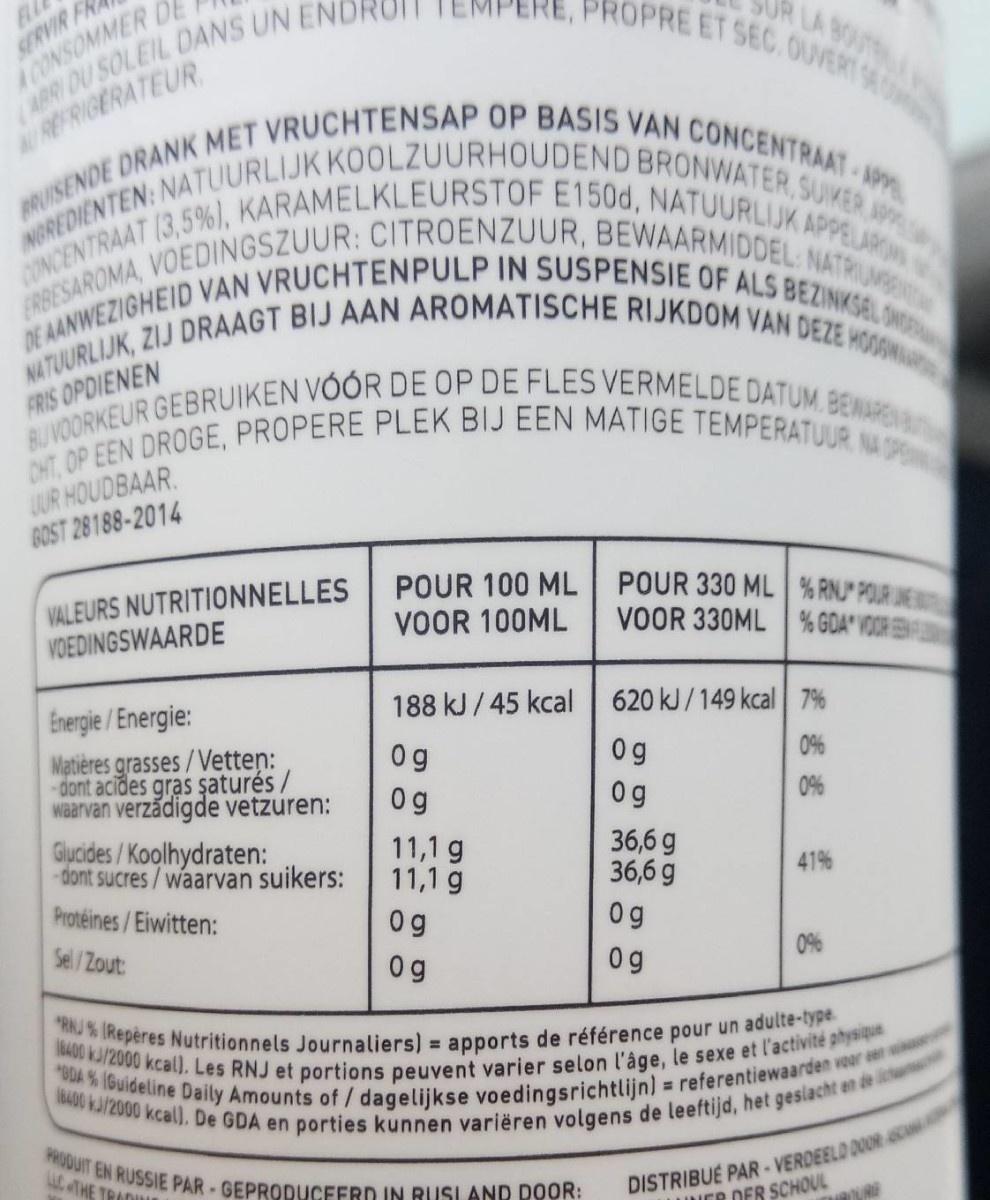
EL SERVIR FR ACONSOMMER DE ABR DU SOLEIL DANS UN END REFRIGERATEUR
LA BOUT PROPRE ET SEC.OUVERT 96 00
BRUISENDE DRANK MET VRUCHTENSAP OP BASIS VAN CONCENTRAAT -APP NOREDIENTEN: NATUURLIJK KOOLZUURHOUDEND BRONWATER, SUIKER AP CONCENTRAAT (3,5%), KARAMELKLEURSTOF E150d, NATUURLIJK APPELARON ERBESAROMA, VOEDINGSZUUR: CITROENZUUR, BEWAARMIDDEL NATRIUMBN DE AANWEZIGHEID VAN VRUCHTENPULP IN SUSPENSIE OF ALS BEZINKSAL ONDE NATUURLIJK, ZIJ DRAAGT BIJ AAN AROMATISCHE RIJKDOM VAN DEZE HOOOWA
BUVOORKEUR GEBRUIKEN VÓÓR DE OP DE FLES VERMELDE DATUM. BENARENA
FRIS OPDIENEN
CHT, OP EEN DROGE, PROPERE PLEK BIJ EEN MATIGE TEMPERATUUR. NA OPE
UUR HOUDBAAR. GOST 28188-2014
VALEURS NUTRITIONNELLES VOEDINGSWAARDE
POUR 100 ML VOOR 100ML
POUR 330 ML % RNJ* POLR UNERU VOOR 330ML % GDA" VOOR
Energie /Energie:
188 kJ / 45 kcal
620 kJ/149 kcal 7%
Matières grasses/Vetten: dont acides gras şaturés/ waarvan verzädigde vetzuren:
0g
0g
0%
0 g
0g
0%
Glycides/Koolhydraten: -dont sucres/waarvan suikers:
11,1 g 11,1 g
36,6 g 36,6 g
41%
Protéines/Eiwitten:
0g
0g
Sel/Zout:
0 g
0 g
RNJ % (Repères Nutritionnels Journaliers) = apports de référence pour un adulte-type. ODA % (Guideline Daily Amounts of / dagelijkse voedingsrichtlijn) = referentiewaarden voor een w
8400 kJ/2000 kcal). Les RNJ et portions peuvent varier selon l'âge, le sexe et l'activité physique 8400 kJ/2000 kcal), De GDA en porties kunnen variëren volgens de leeftijd, het geslacht an de lic PRODUIT EN RUSSIE PAR-GEPRODUCEERD IN RUSLAND DOOR:
DISTRIBUE PAR-VERDEELD DOORc IER DER SCHOUL
LC THE TRADIULl